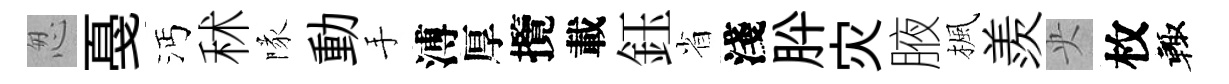
怱戞沔秫隊動手溥厚攬載鈺省淺肸灾腋楓羨央枚輙